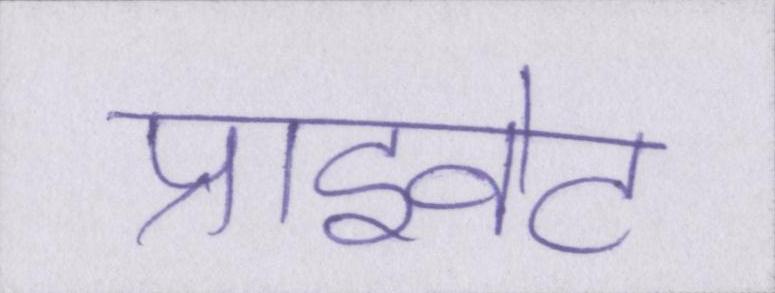
प्राइवेट